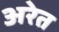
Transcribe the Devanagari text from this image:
अरेत